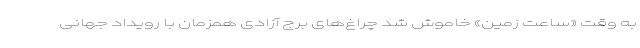
به وقت «ساعت زمین» خاموش شد چراغ‌های برج آزادی همزمان با رویداد جهانی